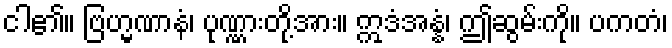
ငါ၏။ ဗြဟ္မဏာနံ၊ ပုဏ္ဏားတို့အား။ ဣဒံအန္နံ၊ ဤဆွမ်းကို။ ပကတံ၊